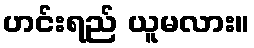
ဟင်းရည် ယူမလား။